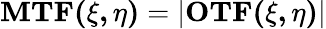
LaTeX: \mathbf{MTF(\xi,\eta)}=|\mathbf{OTF(\xi,\eta)}|